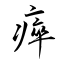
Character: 瘁